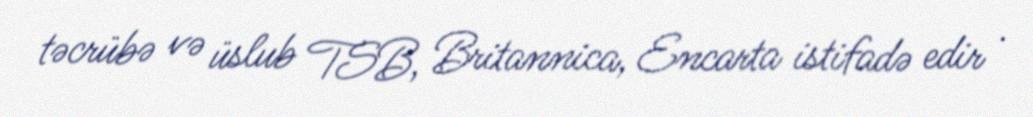
təcrübə və üslub TSB, Britannica, Encarta istifadə edir .